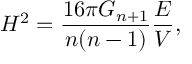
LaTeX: H ^ { 2 } = \frac { 1 6 \pi G _ { n + 1 } } { n ( n - 1 ) } \frac { E } { V } ,